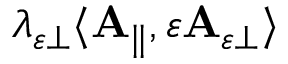
\lambda _ { \varepsilon \perp } \langle \mathbf { A } _ { \parallel } , \varepsilon \mathbf { A } _ { \varepsilon \perp } \rangle